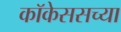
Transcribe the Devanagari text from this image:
कॉकेससच्या